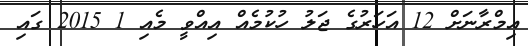
އިމްރާނަށް 12 އަހަރުގެ ޖަލު ހުކުމެއް އިއްވީ މެއި 1 2015 ގައި